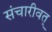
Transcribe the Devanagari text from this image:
संचारीवत्